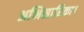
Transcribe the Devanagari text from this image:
अभिसारिका।